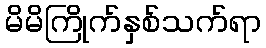
မိမိကြိုက်နှစ်သက်ရာ